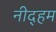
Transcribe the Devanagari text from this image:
नीद्हम